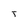
Character: T